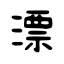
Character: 漂